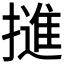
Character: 𭢜